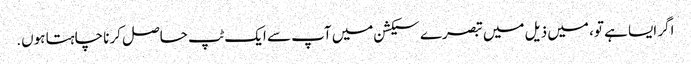
اگر ایسا ہے تو، میں ذیل میں تبصرے سیکشن میں آپ سے ایک ٹپ حاصل کرنا چاہتا ہوں.